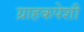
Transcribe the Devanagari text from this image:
ग्राहकपेशी